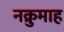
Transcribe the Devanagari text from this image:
नक्रुमाह